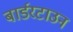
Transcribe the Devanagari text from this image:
बार्डरटाउन